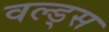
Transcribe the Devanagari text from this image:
वल्ड्स